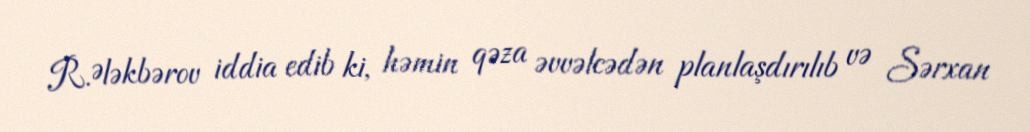
R.Ələkbərov iddia edib ki, həmin qəza əvvəlcədən planlaşdırılıb və Sərxan